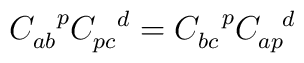
C_{ab}^{~~p} C_{pc}^{~~d} = C_{bc}^{~~p}C_{ap}^{~~d}